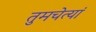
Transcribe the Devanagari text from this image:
तुमचेत्यां